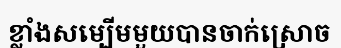
ខ្លាំងសម្បើមមួយបានចាក់ស្រោច